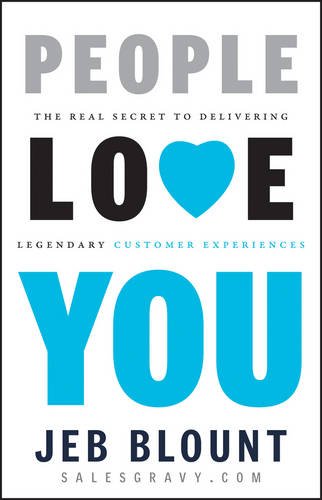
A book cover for People Love You: The Real Secret to Delivering Legendary Customer Experiences; Jeb Blount; Business & Money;